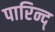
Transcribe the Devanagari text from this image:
पारिन्द्